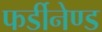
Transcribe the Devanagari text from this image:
फर्डीनेण्ड